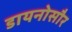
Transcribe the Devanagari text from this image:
डायनोसौर